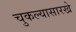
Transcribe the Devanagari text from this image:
चुकल्यासारखे